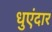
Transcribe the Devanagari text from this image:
धुएंदार